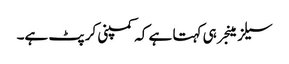
سیلز مینجر ہی کہتا ہے کہ کمپنی کرپٹ ہے۔